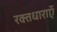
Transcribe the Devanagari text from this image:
रक्तधाराऍं